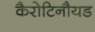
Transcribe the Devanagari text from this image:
कैरोटिनौयड